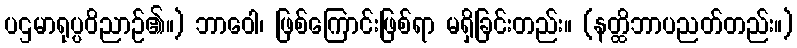
ပဌမာရုပ္ပဝိညာဉ်၏။) ဘာဝေါ၊ ဖြစ်ကြောင်းဖြစ်ရာ မရှိခြင်းတည်း။ (နတ္ထိဘာပညတ်တည်း။)